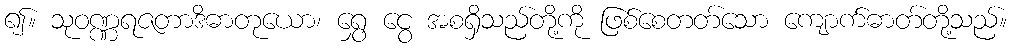
၍။ သုဝဏ္ဏရဇတာဒိဓာတုယော၊ ရွှေ ငွေ အစရှိသည်တို့ကို ဖြစ်စေတတ်သော ကျောက်ဓာတ်တို့သည်။